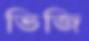
ভিজি